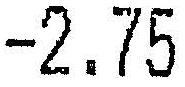
-2.75